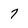
Character: 7